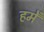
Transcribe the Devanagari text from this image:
हमेँ